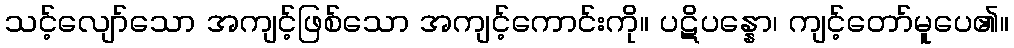
သင့်လျော်သော အကျင့်ဖြစ်သော အကျင့်ကောင်းကို။ ပဋိပန္နော၊ ကျင့်တော်မူပေ၏။